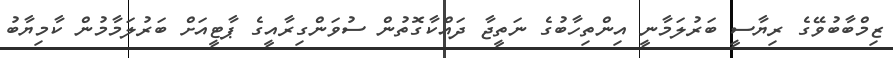
ޒިމްބާބުވޭގެ ރިޔާސީ ބަރުލަމާނީ އިންތިހާބުގެ ނަތީޖާ ދައްކާގޮތުން ސުވަންގިރާއީގެ ޕާޓީއަށް ބަރުލަމާމުން ކާމިޔާބު